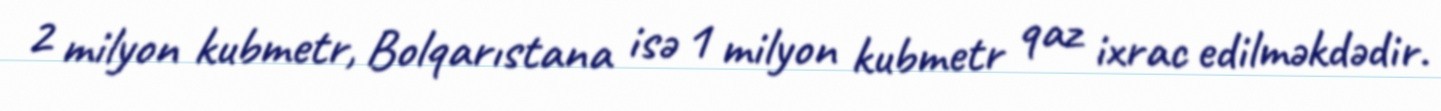
2 milyon kubmetr, Bolqarıstana isə 1 milyon kubmetr qaz ixrac edilməkdədir.